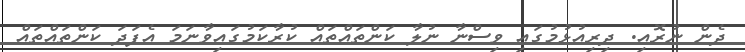
ދެން ނުރޮއި. ދިރިއުޅުމުގައި ވިސްނާ ނުލާ ކަންތައްތައް ކުރާކަމުގައިވާނަމަ އެފަދަ ކަންތައްތައް